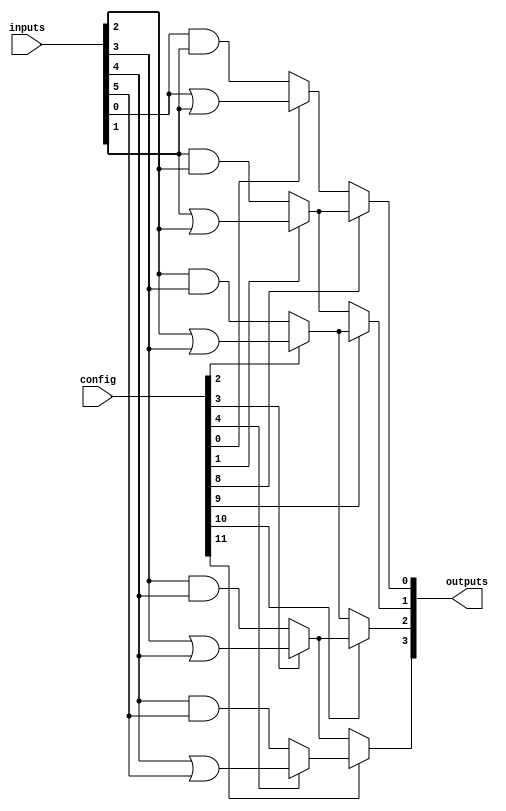
module CLB (
    input wire [N-1:0] inputs,        // Input lines
    input wire [M-1:0] config,        // Configuration signals (for logic gates and multiplexers)
    output wire [P-1:0] outputs       // Output lines
);
    parameter N = 8;                  // Number of input lines
    parameter M = 16;                 // Number of configuration signals
    parameter P = 4;                  // Number of output lines

    // Internal signals
    wire [N-1:0] logic_gates_out;    // Output of logic gates
    wire [P-1:0] mux_out;             // Output of multiplexers

    // Logic gates instantiation
    genvar i;
    generate
        for (i = 0; i < N; i = i + 1) begin : logic_gates
            // Example: Implementing a simple AND/OR based on configuration
            assign logic_gates_out[i] = (config[i] == 1'b0) ? (inputs[i] & inputs[(i+1) % N]) : (inputs[i] | inputs[(i+1) % N]);
        end
    endgenerate

    // Multiplexer implementation
    genvar j;
    generate
        for (j = 0; j < P; j = j + 1) begin : multiplexers
            assign mux_out[j] = (config[N + j] == 1'b0) ? logic_gates_out[j] : logic_gates_out[(j+1) % N];
        end
    endgenerate

    // Output assignment
    assign outputs = mux_out;

endmodule